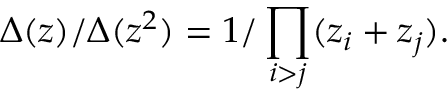
\Delta ( z ) / \Delta ( z ^ { 2 } ) = 1 / \prod _ { i > j } ( z _ { i } + z _ { j } ) .